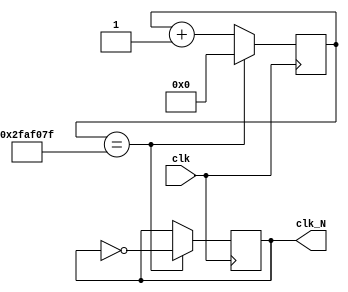
`timescale 1ns / 1ps
//////////////////////////////////////////////////////////////////////////////////
// Company: 
// Engineer: 
// 
// Design Name: 
// Module Name: divider
// Project Name: 
// Target Devices: 
// Tool Versions: 
// Description: 
// 
// Dependencies: 
// 
// Revision:
// Revision 0.01 - File Created
// Additional Comments:
// 
//////////////////////////////////////////////////////////////////////////////////


module divider(clk,clk_N);
    input clk;
    output reg clk_N;
    parameter N=100_000_000;
    reg [31:0] count;
    initial begin
        count=0;
     end
    always@(posedge clk) begin
        if (count==N/2-1)begin
            count=0;
            clk_N=~clk_N;
        end
        else
            count=count+1;
    end
endmodule